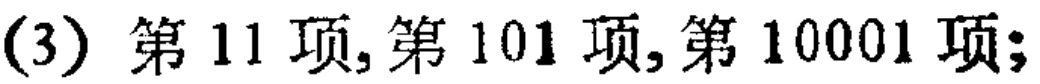
(3) 第 11 项,第 101 项,第 10001 项;